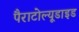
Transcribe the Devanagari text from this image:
पैराटोल्यूडाइड